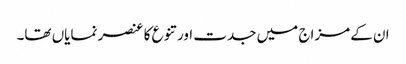
ان کے مزاج میں جدت اور تنوع کا عنصر نمایاں تھا۔